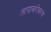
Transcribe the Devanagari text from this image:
तापाबरोबरच